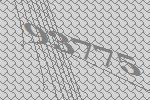
93775